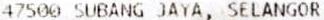
47500 SUBANG JAYA, SELANGOR